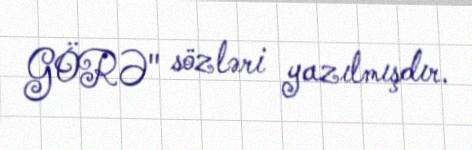
GÖRƏ" sözləri yazılmışdır.